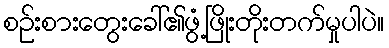
စဉ်းစားတွေးခေါ်၏ဖွံ့ဖြိုးတိုးတက်မှုပါပဲ။